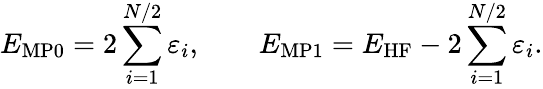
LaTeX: E_{\mathrm{MP0}}=2\sum_{i=1}^{N/2}\varepsilon_{i},\qquad E_{\mathrm{MP1}}=E_{\mathrm{HF}}-2\sum_{i=1}^{N/2}\varepsilon_{i}.